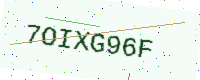
Text: 7OIXG96F